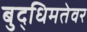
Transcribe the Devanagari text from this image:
बुद्धिमतेवर